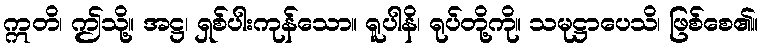
ဣတိ၊ ဤသို့။ အဋ္ဌ၊ ရှစ်ပါးကုန်သော။ ရူပါနိ၊ ရုပ်တို့ကို။ သမုဋ္ဌာပေသိ၊ ဖြစ်စေ၏။